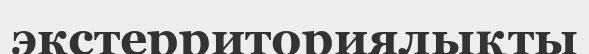
экстерриториялықты